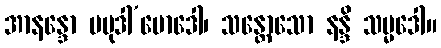
အာနန္ဒော ပမုဒါ’မောဒေါ၊ သန္တောသော နန္ဒိ သမ္မဒေါ။